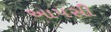
આપસી